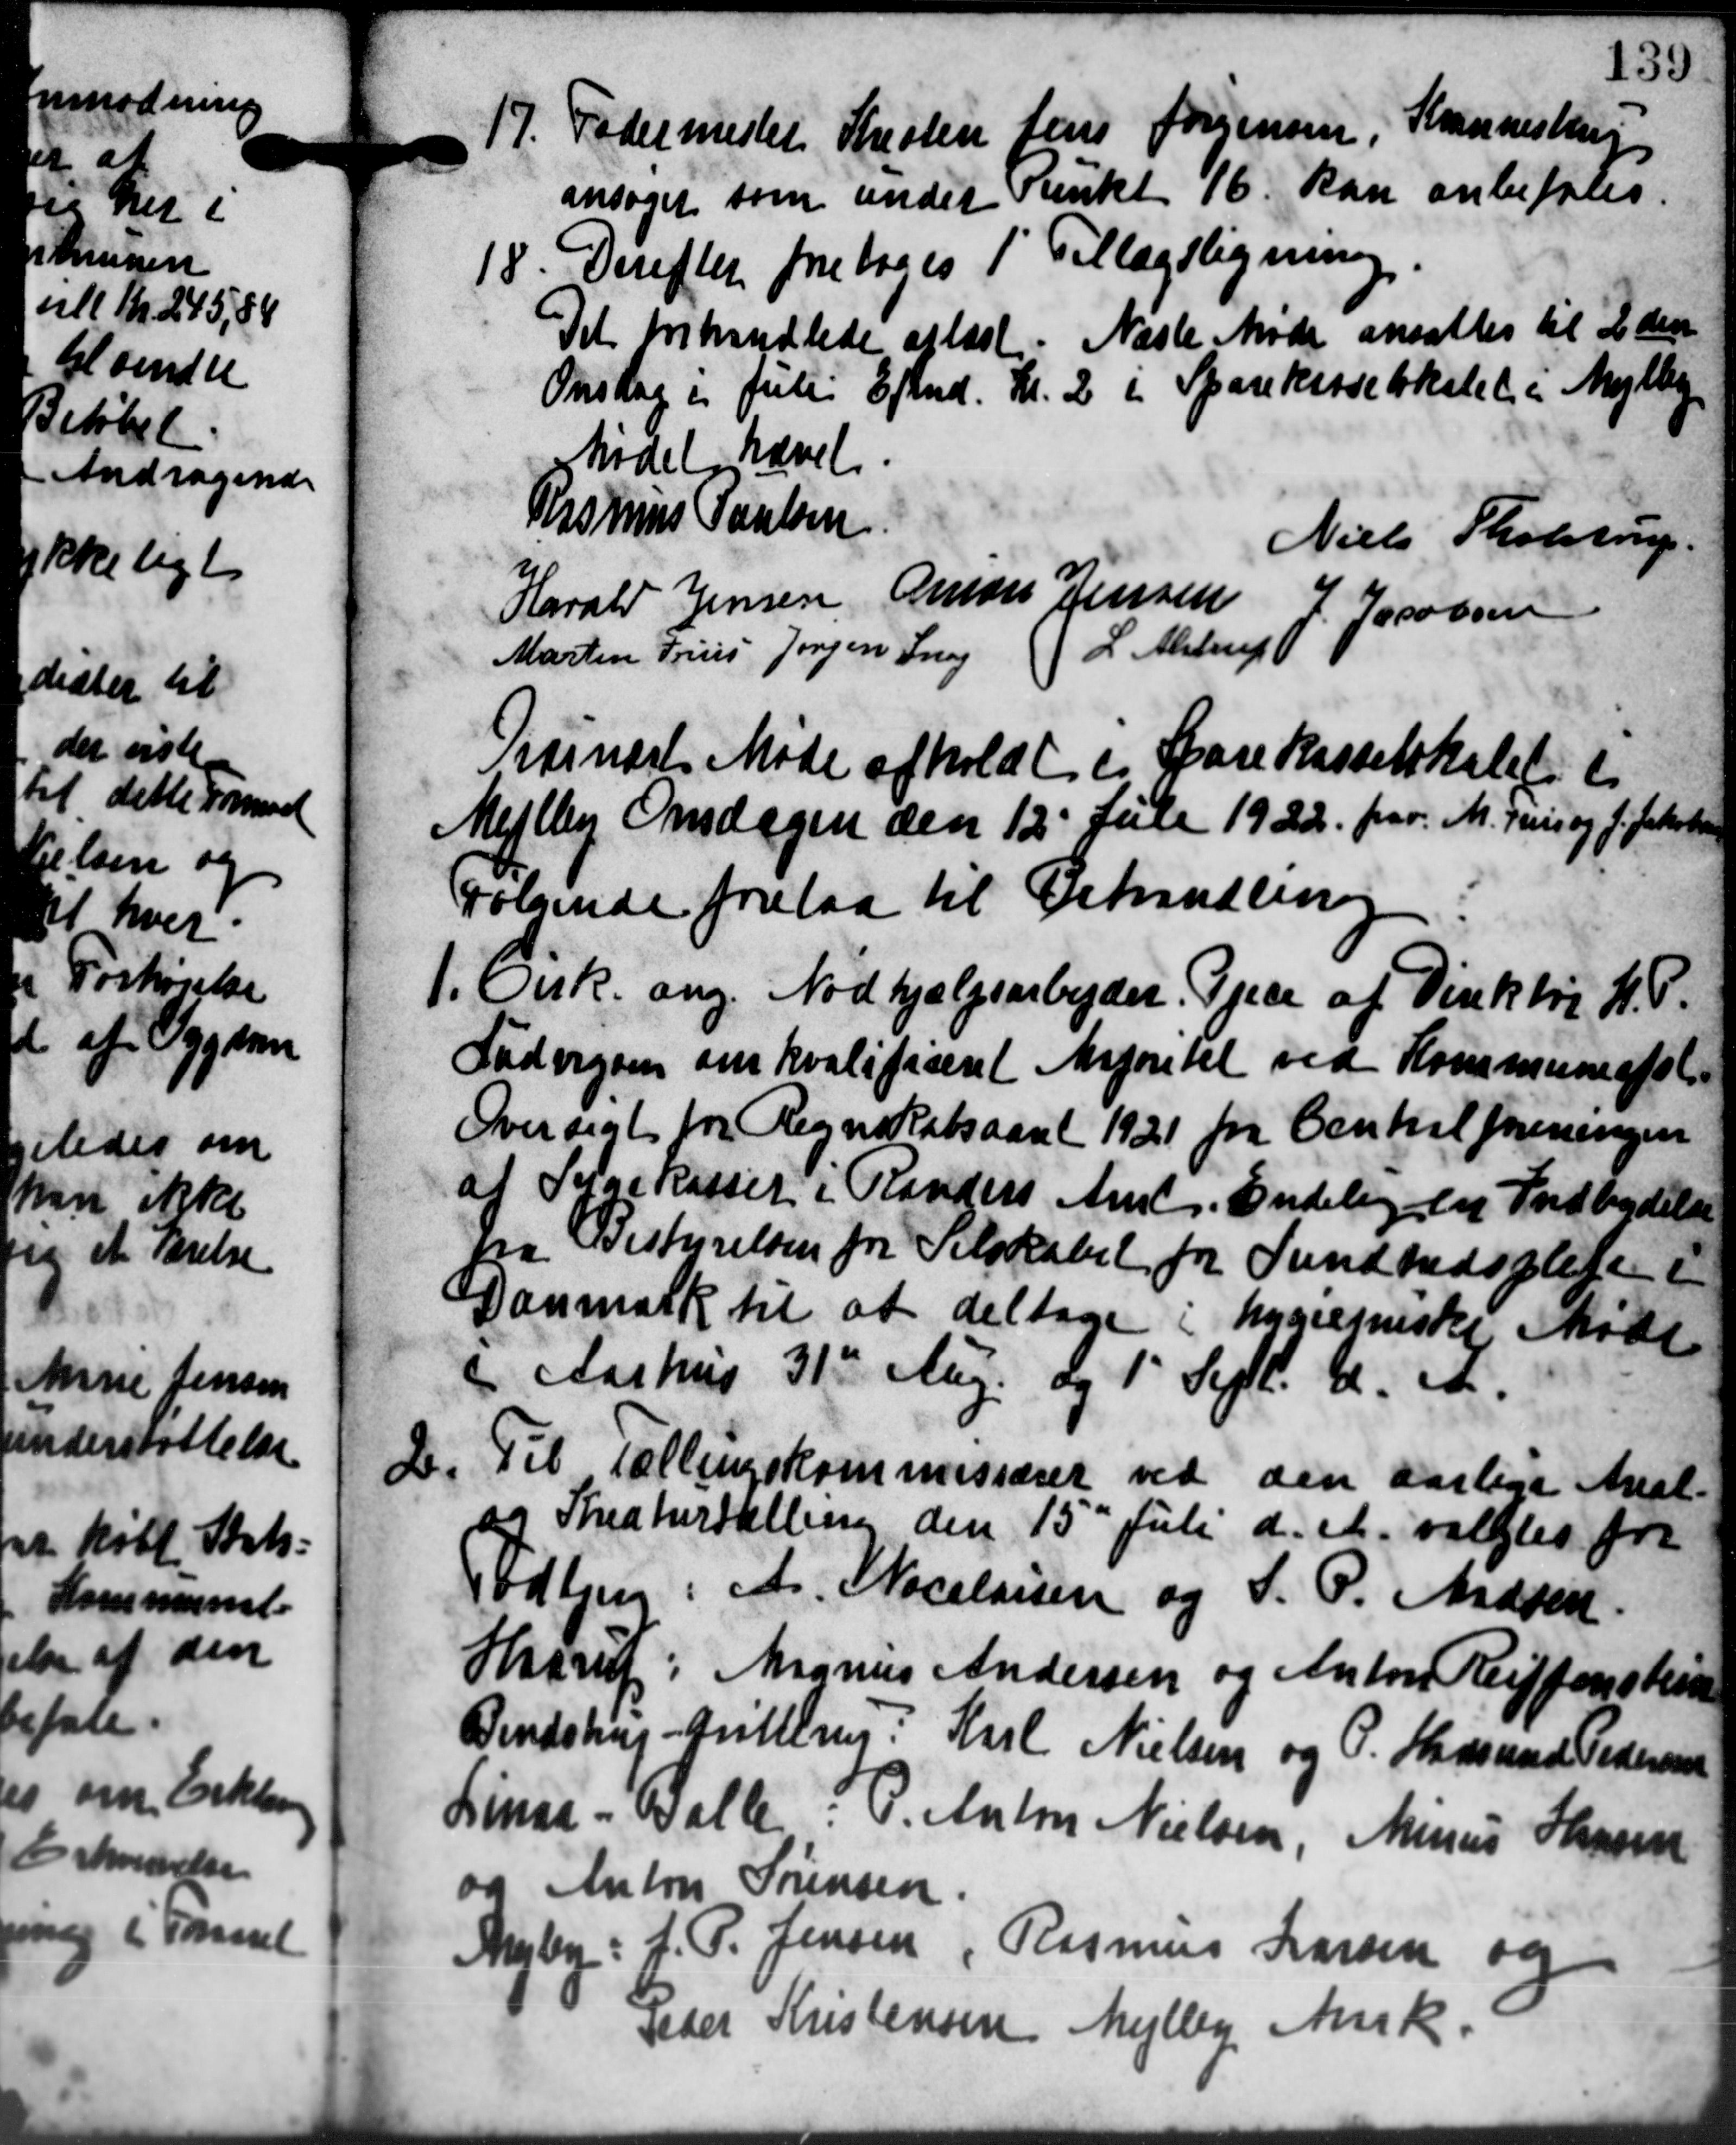
Transskription:
17. Fodermester Kristen Jens Jørgensen, Krannestrup
17. Fodermester Kristen Jens Jørgensen, Krannestrup
ansøger som under Punkt 16 kan anbefales.
18. Derefter foretoges 1' Tillægsligning
18. Derefter foretoges 1' Tillægsligning
Det behandlede afløst. Næste Møde ansattes til 2den
Onsdag og Julii Efterd. Kl. 2 i Sparekasselokalet i Mejlby
Mødet hævet.
Rasmus Poulsen
Niels Tholstrup
Harald Jensen Amors Jensen J. Jacobsen
Martin Friis Jørgen Snog L. Alstrup
Pisinært Møde afholdt i Sparekasselskabet i
Mejlby Onsdagen den 12' Juli 1922 par M. Jens og J. Jakobsen
Følgende forelaa til Behandling
1. Cirk. ang. Nødhjælpsarbejder Tjene af Direktør H. P.
1. Cirk. ang. Nødhjælpsarbejder Tjene af Direktør H. P.
Fadvigsen om kvalificeret Magretet ved Kommuneafol
Oversigt for Regnskabsaaret 1921 fra Centralforeningen
af Sygekasser i Randers Amt. Endelig til Indbydelse
fra Bestyrelsen for Selskabet for Sundhedspleje i
Danmark til at deltage i hygiesniske Møde
i Aarhus 31te Aug og 1' Sept. d. A.
b.
Til Tællingskommissærer ved den aarlige Anst-
og Theaturtælling den 15' Juli d. A. valgtes fra
Todbjerg: A. Macelaisen og S. P. Madsen
Haarup: Magnus Andersen og Anton Reiffenstin
Bendstrup - Grillerup: Karl Nielsen og P. Hadsmed Pedersen
Linaa - Balle. P. Anton Nielsen, Minus Hansen
og Anton Sørensen.
Myby: J. P. Jensen, Rasmus Larsen og
Peder Kristensen Mejlby Ansk